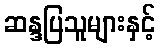
ဆန္ဒပြသူများနှင့်